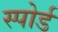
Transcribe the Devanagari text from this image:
स्पोर्ड